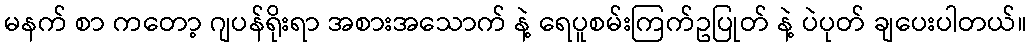
မနက် စာ ကတော့ ဂျပန်ရိုးရာ အစားအသောက် နဲ့ ရေပူစမ်းကြက်ဥပြုတ် နဲ့ ပဲပုတ် ချပေးပါတယ်။